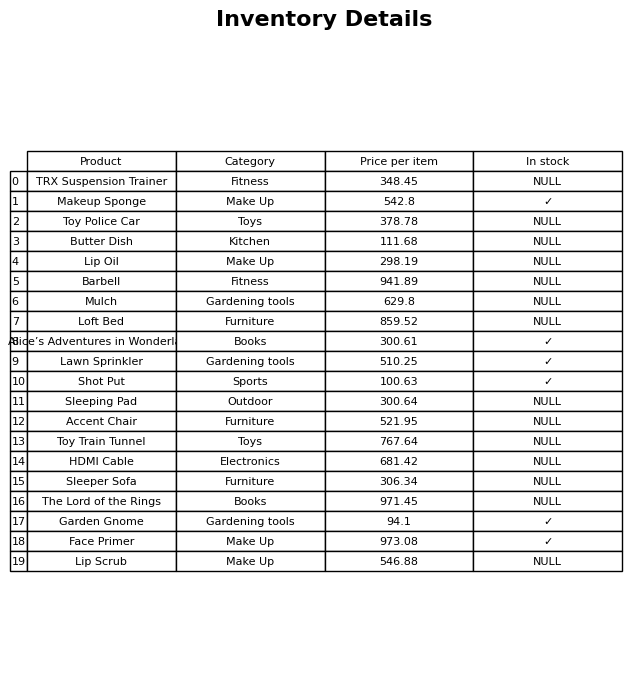
question: What is the price of the The Lord of the Rings?
answer: The price of The Lord of the Rings is 971.45.